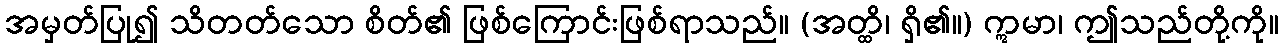
အမှတ်ပြု၍ သိတတ်သော စိတ်၏ ဖြစ်ကြောင်းဖြစ်ရာသည်။ (အတ္ထိ၊ ရှိ၏။) ဣမာ၊ ဤသည်တို့ကို။